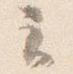
云